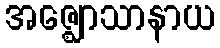
အဇ္ဈောသာနာယ